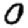
Digit: 0